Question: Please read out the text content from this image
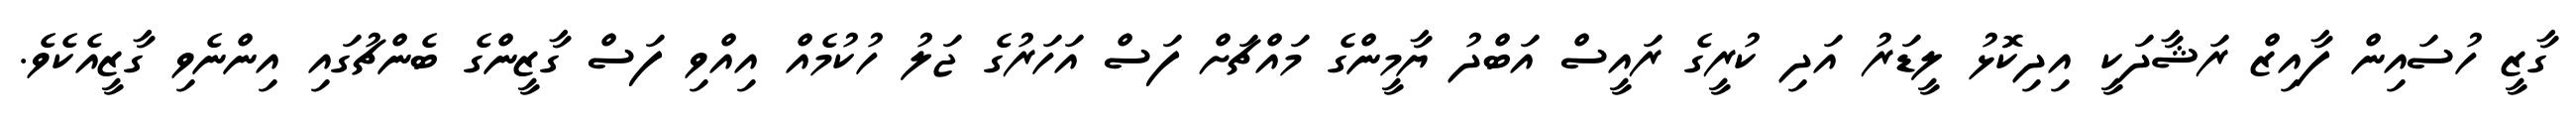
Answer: ގާޒީ ހުސައިން ފާއިޒް ރަޝާދަކީ އިދިކޮޅު ލީޑަރު އަދި ކުރީގެ ރައީސް އަބްދު ޔާމީންގެ މައްޗަށް ފަސް އަހަރުގެ ޖަލު ހުކުމެއް އިއްވި ފަސް ގާޒީންގެ ބެންޗުގައި އިންނެވި ގާޒީއެކެވެ.